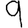
Digit: 9